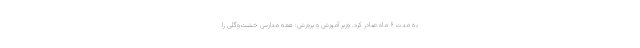
به مدت ۶ ماه صادر کرد. وزیر آموزش و پرورش: همه مدارس خشت‌و‌گلی را